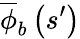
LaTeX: \overline{{\phi}}_{b}\left(s^{\prime}\right)